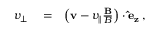
\begin{array} { r l r } { v _ { \perp } } & { { } = } & { \left( \mathbf { v } - v _ { \parallel } \frac { \mathbf { B } } { B } \right) \cdot \mathbf { \hat { e } _ { z } } \, , } \end{array}